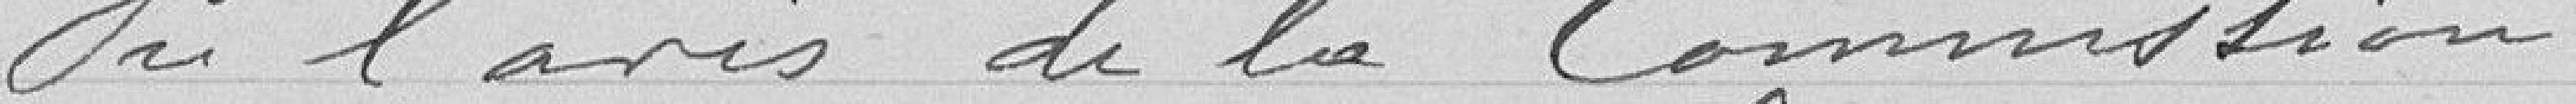
Vu l'avis de la Commission